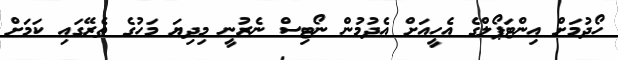
ހޯދުމަށް އިންޓަޕޯލްގެ އެހީއަށް އެދުމުން ނޯޓިސް ނެރުނީ މިދިޔަ މަހުގެ ތެރޭގައި ކަމަށް